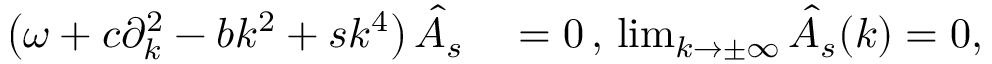
\begin{array} { r l } { \left( \omega + c \partial _ { k } ^ { 2 } - b k ^ { 2 } + s k ^ { 4 } \right) \hat { A } _ { s } } & { { } = 0 \, , \, \operatorname* { l i m } _ { k \rightarrow \pm \infty } \hat { A } _ { s } ( k ) = 0 , } \end{array}